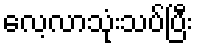
လေ့လာသုံးသပ်ပြီး